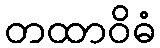
တထာဝိဓံ